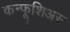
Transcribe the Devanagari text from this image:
कन्फूशिअस